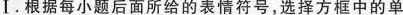
Ⅰ.根据每小题后面所给的表情符号,选择方框中的单